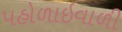
પહોળાઇવાળી